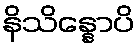
နိသိန္နောပိ